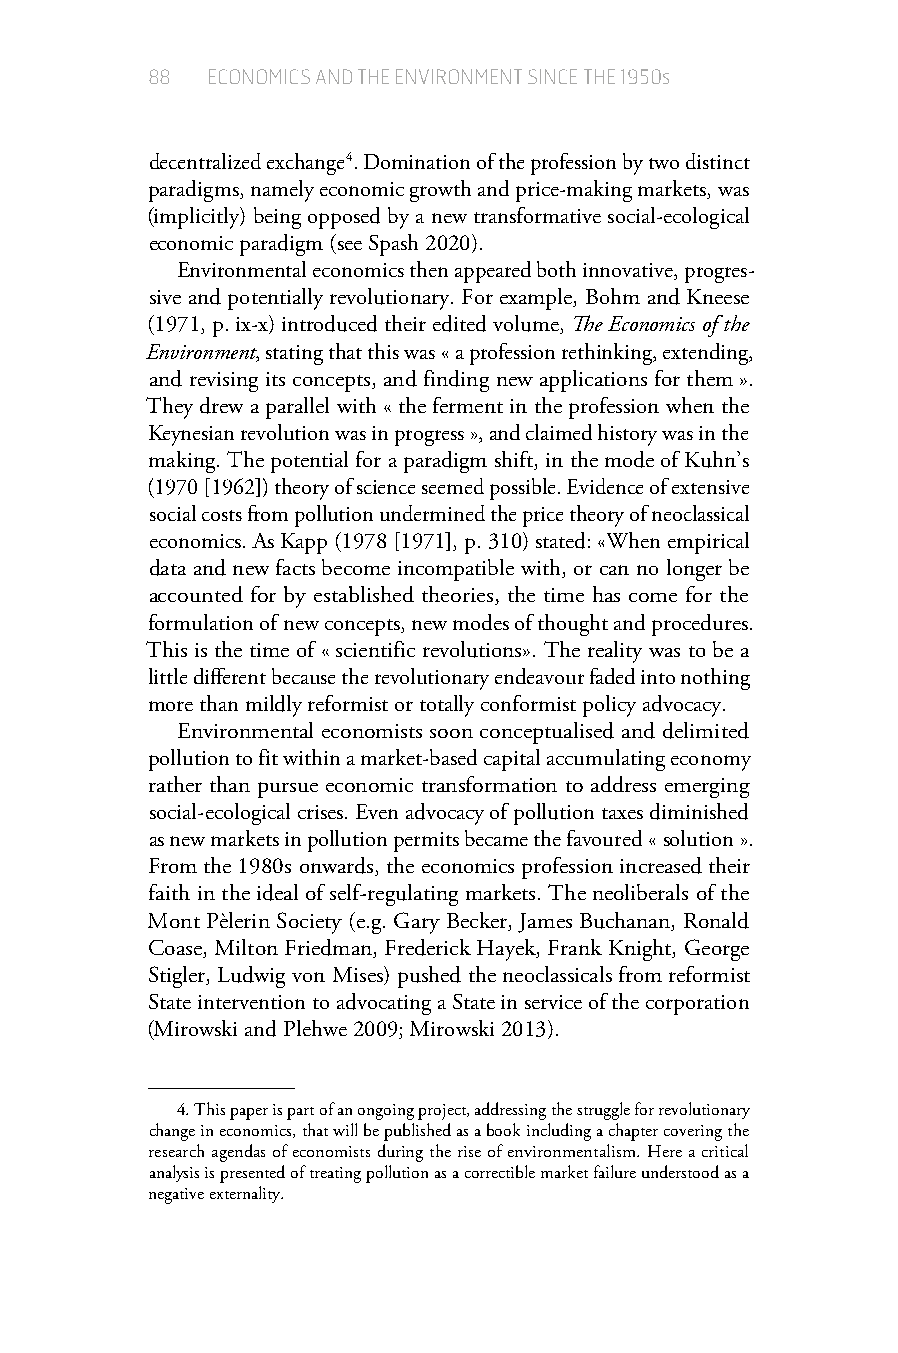
88  ECONOMICS AND THE ENVIRONMENT SINCE THE 1950s
 decentralized exchange 4. Domination of the profession by two distinct
 paradigms, namely economic growth and price-making markets, was
 (implicitly) being opposed by a new transformative social-ecological
 economic paradigm (see Spash 2020).
 Environmental economics then appeared both innovative, progres-
 sive and potentially revolutionary. For example, Bohm and Kneese
 (1971, p. ix-x) introduced their edited volume, The Economics of the
 Environment, stating that this was « a profession rethinking, extending,
 and revising its concepts, and finding new applications for them ».
 They drew a parallel with « the ferment in the profession when the
 Keynesian revolution was in progress », and claimed history was in the
 making. The potential for a paradigm shift, in the mode of Kuhn’s
 (1970 [1962]) theory of science seemed possible. Evidence of extensive
 social costs from pollution undermined the price theory of neoclassical
 economics. As Kapp (1978 [1971], p. 310) stated: «When empirical
 data and new facts become incompatible with, or can no longer be
 accounted for by established theories, the time has come for the
 formulation of new concepts, new modes of thought and procedures.
 This is the time of « scientific revolutions». The reality was to be a
 little different because the revolutionary endeavour faded into nothing
 more than mildly reformist or totally conformist policy advocacy.
 Environmental economists soon conceptualised and delimited
 pollution to fit within a market-based capital accumulating economy
 rather than pursue economic transformation to address emerging
 social-ecological crises. Even advocacy of pollution taxes diminished
 as new markets in pollution permits became the favoured « solution ».
 From the 1980s onwards, the economics profession increased their
 faith in the ideal of self-regulating markets. The neoliberals of the
 Mont Pèlerin Society (e.g. Gary Becker, James Buchanan, Ronald
 Coase, Milton Friedman, Frederick Hayek, Frank Knight, George
 Stigler, Ludwig von Mises) pushed the neoclassicals from reformist
 State intervention to advocating a State in service of the corporation
 (Mirowski and Plehwe 2009; Mirowski 2013).
 4.This paper is part of an ongoing project, addressing the struggle for revolutionary
 change in economics, that will be published as a book including a chapter covering the
 research agendas of economists during the rise of environmentalism. Here a critical
 analysis is presented of treating pollution as a correctible market failure understood as a
 negative externality.